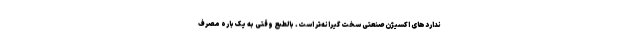
نداردهای اکسیژن صنعتی سخت ‌گیرانه‌تر است. بالطبع وقتی به یک باره مصرف